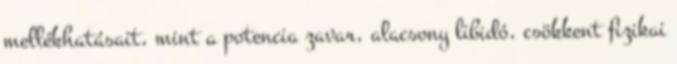
mellékhatásait, mint a potencia zavar, alacsony libidó, csökkent fizikai